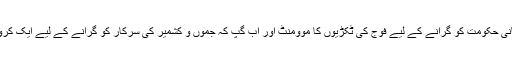
پہلے ہندوستانی حکومت کو گرانے کے لیے فوج کی ٹکڑیوں کا موومنٹ اور اب گپ کہ جموں و کشمیر کی سرکار کو گرانے کے لیے ایک کروڑ 19 لاکھ۔